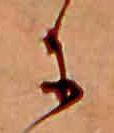
に